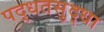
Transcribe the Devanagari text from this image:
पद्धतसुद्धा